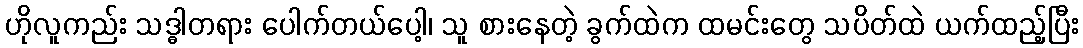
ဟိုလူကည်း သဒ္ဓါတရား ပေါက်တယ်ပေါ့၊ သူ စားနေတဲ့ ခွက်ထဲက ထမင်းတွေ သပိတ်ထဲ ယက်ထည့်ပြီး